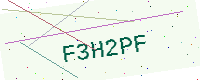
Text: F3H2PF